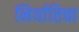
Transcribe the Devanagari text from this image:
निर्यातिचा